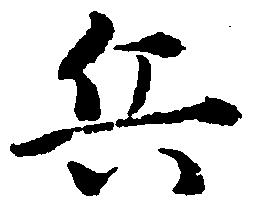
兵